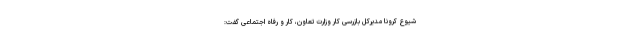
شیوع کرونا مدیرکل بازرسی کار وزارت تعاون، کار و رفاه اجتماعی گفت: